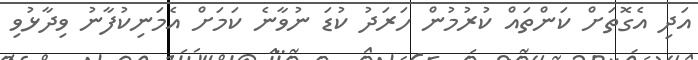
އަދި އެގޮތަށް ކަންތައް ކުރުމުން ހަރަދު ކުޑަ ނުވާނެ ކަމަށް އެމަނިކުފާނު ވިދާޅުވި